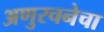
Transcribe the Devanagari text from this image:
अणुरचनेचा